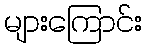
များကြောင်း